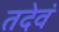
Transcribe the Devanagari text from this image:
तदेवं